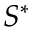
S ^ { \ast }